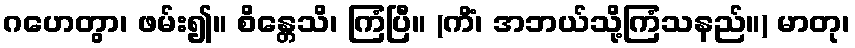
ဂဟေတွာ၊ ဖမ်း၍။ စိန္တေသိ၊ ကြံပြီ။ (ကိံ၊ အဘယ်သို့ကြံသနည်။) မာတု၊